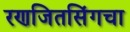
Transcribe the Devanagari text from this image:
रणजितसिंगचा